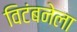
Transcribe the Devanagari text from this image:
विटंबनेला